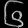
Digit: ၆